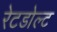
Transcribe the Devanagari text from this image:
रेटडोल्ट